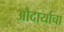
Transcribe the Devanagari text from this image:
औदार्याचा